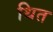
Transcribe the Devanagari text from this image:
थित